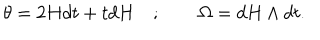
\theta = 2 H d t + t d H \quad ; \qquad \Omega = d H \wedge d t .